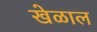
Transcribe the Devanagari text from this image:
खेळाल